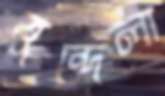
বুন্দেলা